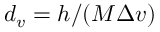
d _ { v } = h / ( M \Delta v )